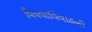
વિધવાવિવાહનો